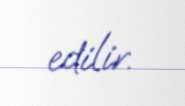
edilir.